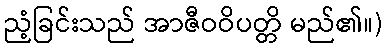
ညံ့ခြင်းသည် အာဇီဝဝိပတ္တိ မည်၏။)